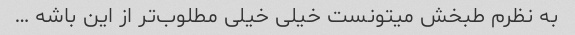
به نظرم طبخش میتونست خیلی خیلی مطلوب‌تر از این باشه …